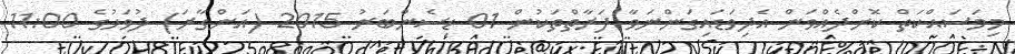
މިމަސައްކަތް ކޮށްދެއްވަން އެދިވަޑައިގަންނަވާ ފަރާތްތަކުން 01 ޑިސެންބަރު 2015 (އަންގާރަ) ދުވަހުގެ 11:00